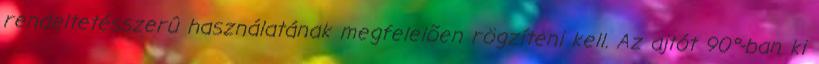
rendeltetésszerû használatának megfelelõen rögzíteni kell. Az ajtót 90°-ban ki